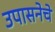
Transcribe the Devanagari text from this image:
उपासनेचे